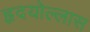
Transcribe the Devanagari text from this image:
हृदयोल्लास